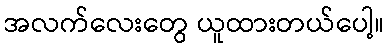
အလက်လေးတွေ ယူထားတယ်ပေါ့။